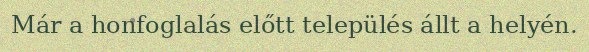
Már a honfoglalás előtt település állt a helyén.